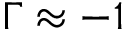
\Gamma \approx - 1